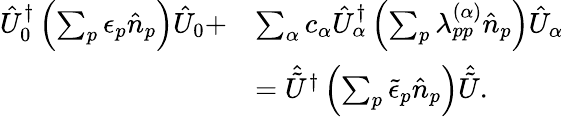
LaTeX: \begin{array}{rl}{\hat{U}_{0}^{\dagger}\left(\sum_{p}\epsilon_{p}\hat{n}_{p}\right)\hat{U}_{0}+}&{\sum_{\alpha}c_{\alpha}\hat{U}_{\alpha}^{\dagger}\left(\sum_{p}\lambda_{pp}^{(\alpha)}\hat{n}_{p}\right)\hat{U}_{\alpha}}\\ &{=\hat{\tilde{U}}^{\dagger}\left(\sum_{p}\tilde{\epsilon}_{p}\hat{n}_{p}\right)\hat{\tilde{U}}.}\end{array}